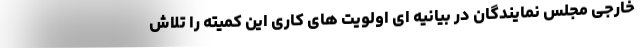
خارجی مجلس نمایندگان در بیانیه ای اولویت های کاری این کمیته را تلاش